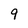
Character: 9